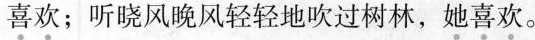
喜欢；听晓风晚风轻轻地吹过树林，她喜欢。